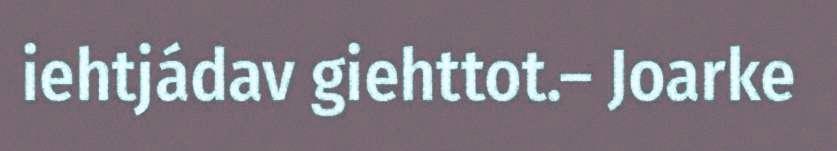
iehtjádav giehttot.– Joarke